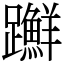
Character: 𨇤